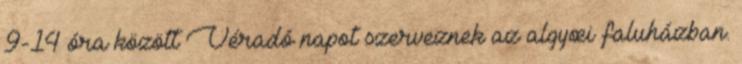
9-14 óra között Véradó napot szerveznek az algyœi faluházban.